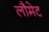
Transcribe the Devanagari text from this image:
लौमेट